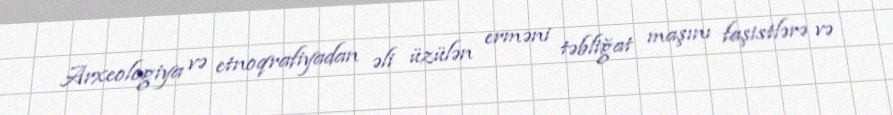
Arxeologiya və etnoqrafiyadan əli üzülən erməni təbliğat maşını faşistlərə və